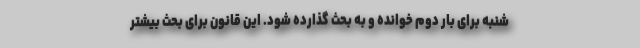
شنبه برای بار دوم خوانده و به بحث گذارده شود. این قانون برای بحث بیشتر